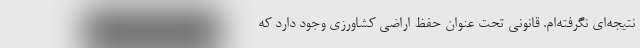
نتیجه‌ای نگرفته‌ام. قانونی تحت عنوان حفظ اراضی کشاورزی وجود دارد که